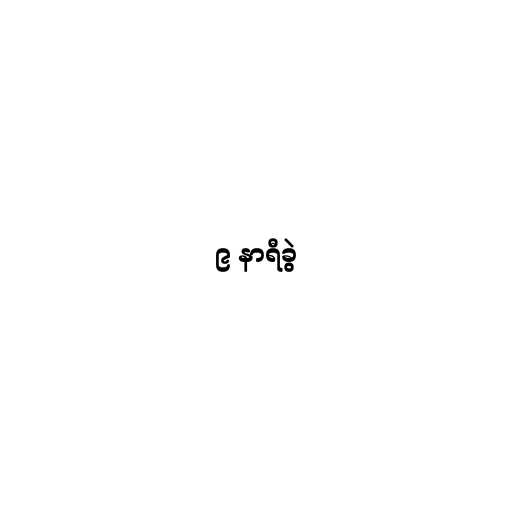
၉ နာရီခွဲ